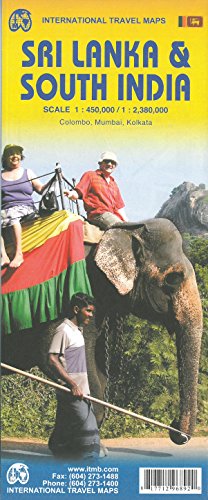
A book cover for Sri Lanka / Southern India 2015: ITM.2780; Travel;